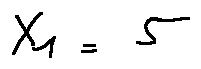
X _ { 1 } = 5